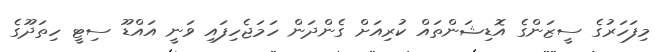
މިފަހަރުގެ ސީޒަންގެ އޮޑިޝަންތައް ކުރިއަށް ގެންދަން ހަމަޖެހިފައި ވަނީ އައްޑޫ ސިޓީ ހިތަދޫގެ